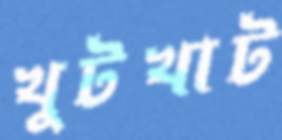
খুটখাট